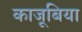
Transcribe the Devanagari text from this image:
काजूबिया